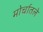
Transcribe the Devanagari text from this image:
मोर्चातले